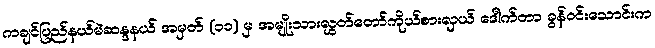
ကချင်ပြည်နယ်မဲဆန္ဒနယ် အမှတ် (၁၁) မှ အမျိုးသားလွှတ်တော်ကိုယ်စားလှယ် ဒေါက်တာ ခွန်ဝင်းသောင်းက